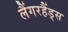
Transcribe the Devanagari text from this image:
लैंगरहैंड्स